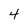
Character: 4